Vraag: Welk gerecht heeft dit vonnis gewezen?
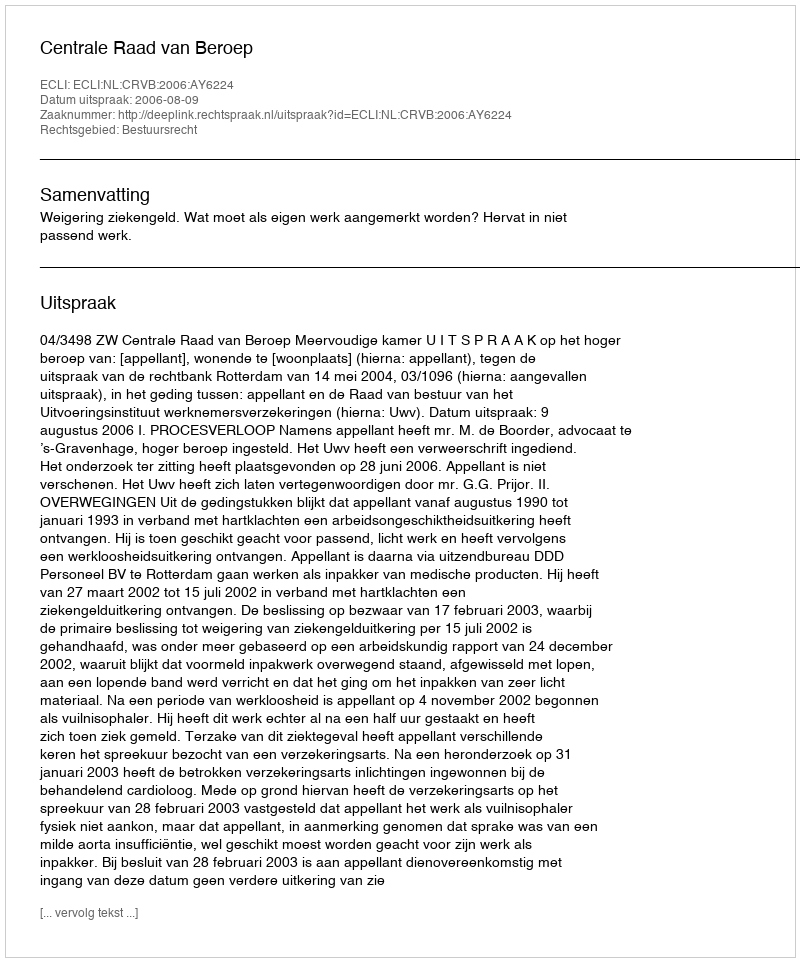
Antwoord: Centrale Raad van Beroep